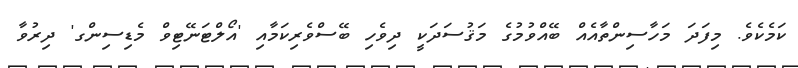
ކަމެކެވެ. މިފަދަ މަހާސިންތާއެއް ބޭއްވުމުގެ މަޤުސަދަކީ ދިވެހި ބޭސްވެރިކަމާއި 'އޯލްޓަނޭޓިވް މެޑިސިންގ' ދިރުވާ